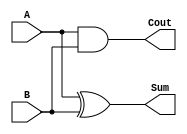
module half_adder(output wire Sum, Cout, input wire A, B);
  xor U0 (Sum, A, B);
  and U1 (Cout, A, B);
endmodule